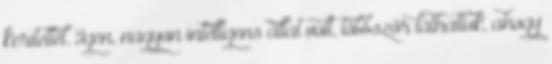
kerítettél. Igen, nagyon intelligens állat volt, többször láthattuk, ahogy